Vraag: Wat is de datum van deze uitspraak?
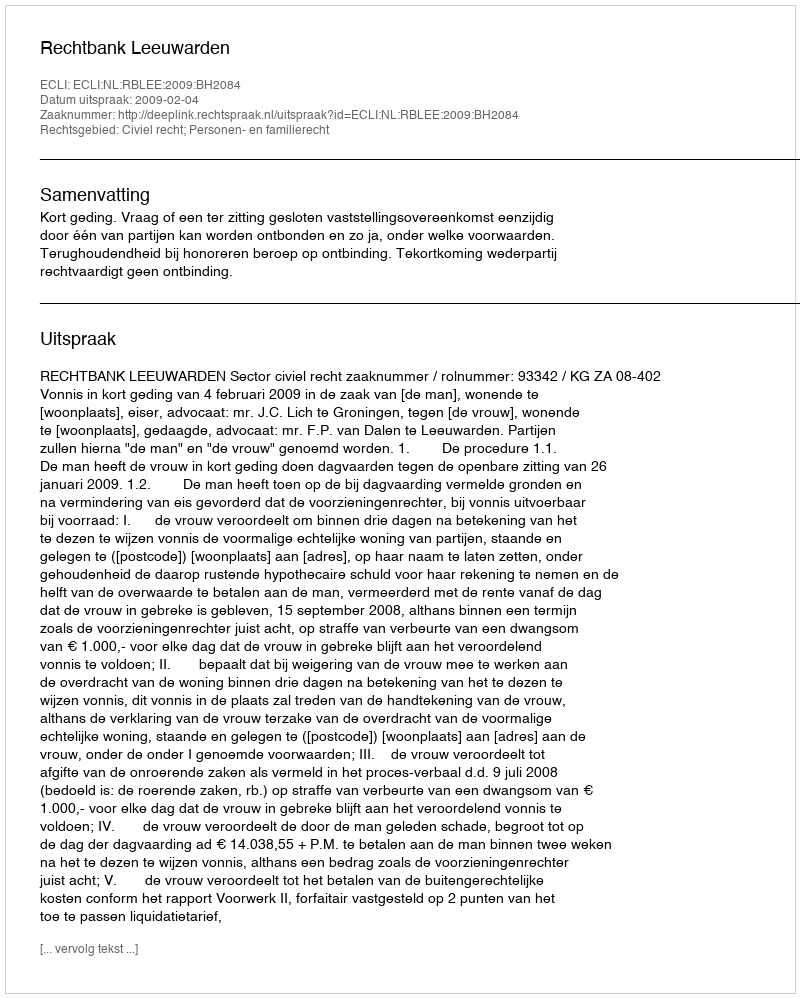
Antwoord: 2009-02-04